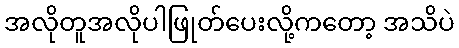
အလိုတူအလိုပါဖြုတ်ပေးလို့ကတော့ အသိပဲ